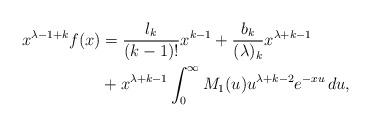
LaTeX: \begin{align*}x^{\lambda-1+k}f(x)&=\frac{l_k}{(k-1)!}x^{k-1}+\frac{b_k}{(\lambda)_k}x^{\lambda+k-1}\\&{}+x^{\lambda+k-1}\int_0^{\infty}M_1(u)u^{\lambda+k-2}e^{-xu}\, du, \end{align*}